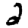
Digit: 2